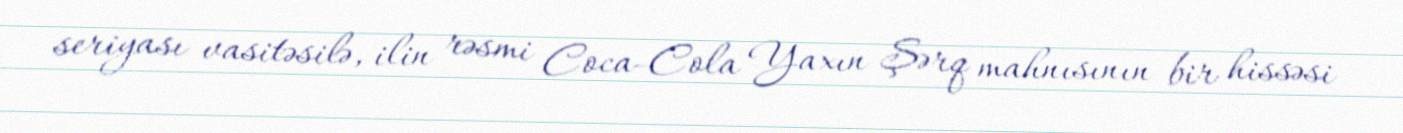
seriyası vasitəsilə, ilin rəsmi Coca-Cola Yaxın Şərq mahnısının bir hissəsi